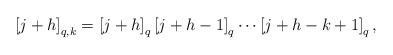
\begin{align*}\left[j+h\right]_{q,k}=\left[j+h\right]_{q}\left[j+h-1\right]_{q}\cdots\left[j+h-k+1\right]_{q},\end{align*}